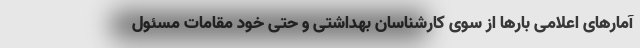
آمارهای اعلامی بارها از سوی کارشناسان بهداشتی و حتی خود مقامات مسئول